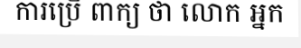
ការប្រើ ពាក្យ ថា លោក អ្នក